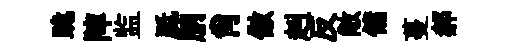
跪陣监胝朒肖傲赳反敞傭蔓郝